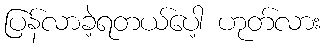
ပြန်လာခဲ့ရတယ်ပေါ့ ဟုတ်လား